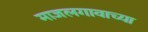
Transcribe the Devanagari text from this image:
माजलगावाच्या